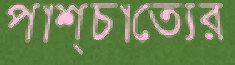
পাশ্চাত্যের